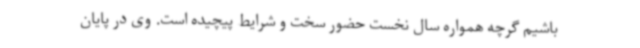
باشیم گرچه همواره سال نخست حضور سخت و شرایط پیچیده است. وی در پایان